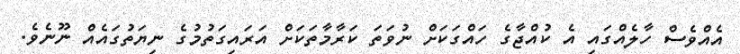
އެއްވެސް ހާލެއްގައި އެ ކުއްޖާގެ ހައްގަކަށް ނުވަތަ ކަރާމާތަކަށް އަރައިގަތުމުގެ ނިޔަތުގައެއް ނޫނެވެ.